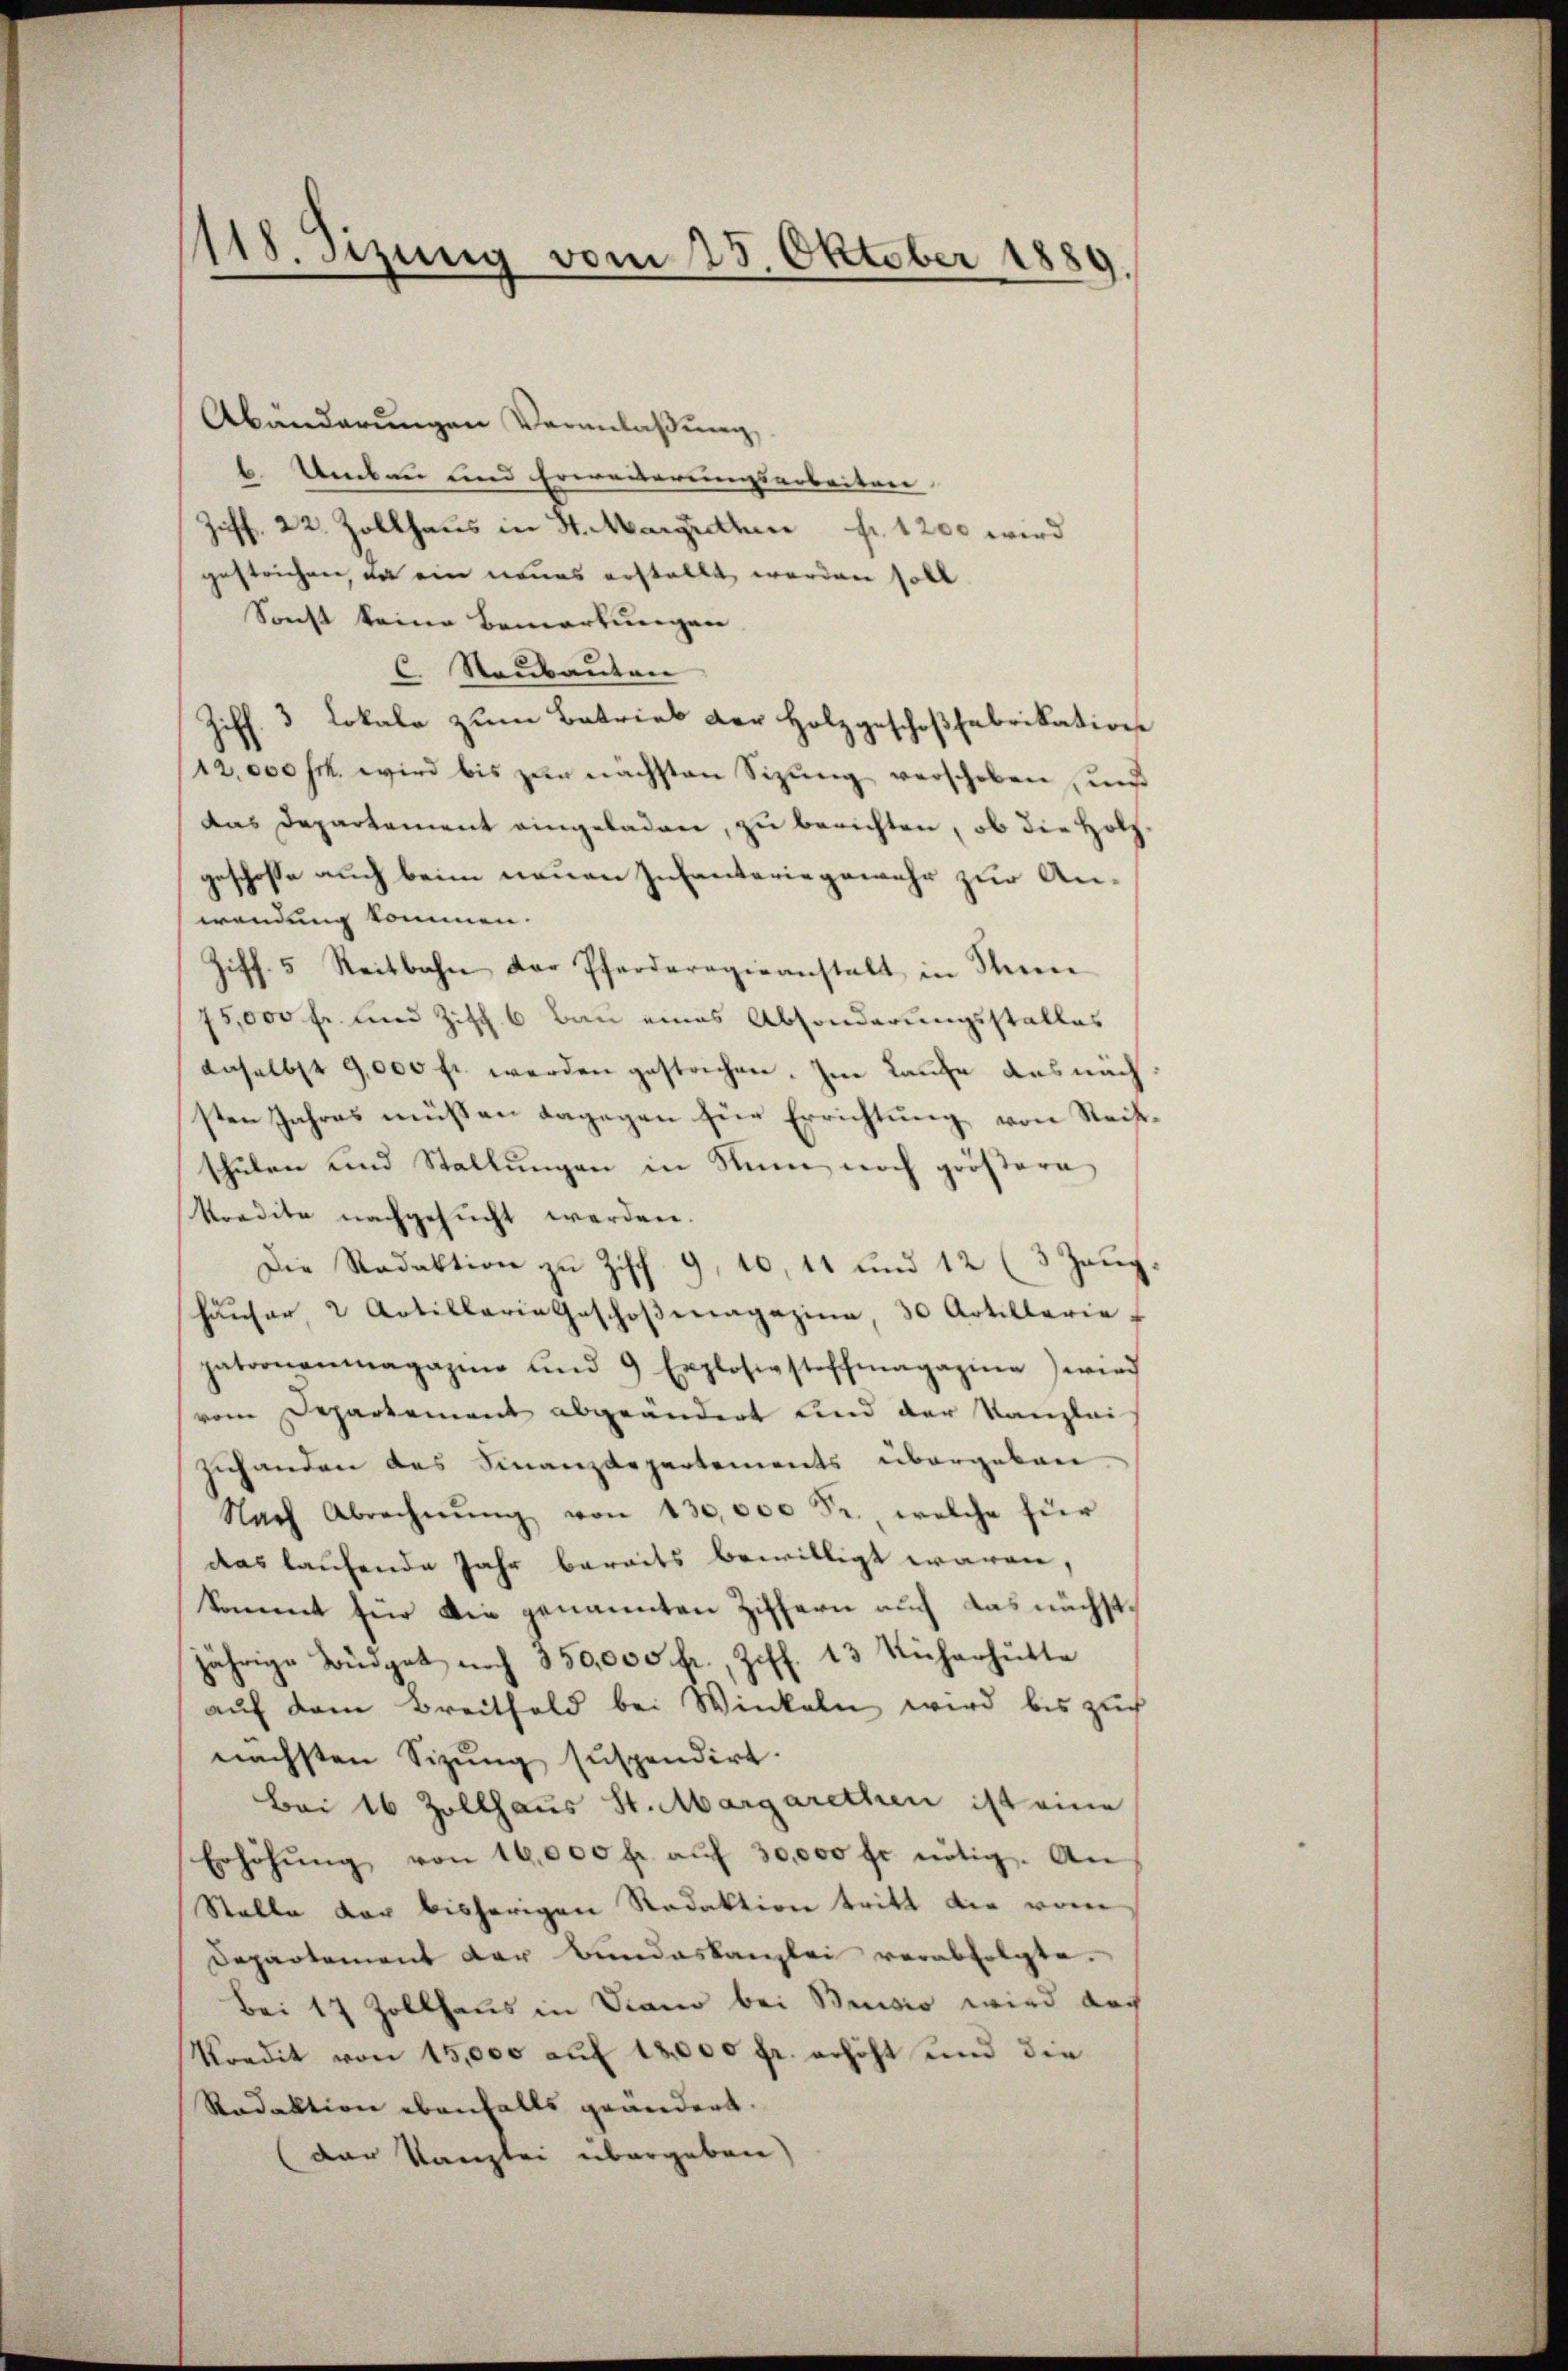
.
118. Setzung vom 25. Oktober 1889.

Abänderŭngen Veranlassŭng
b. Umbau und Erweiterungsarbeiten
Ziff. 22. Zollhaus in St. Margrethen Fr. 1200 wird
gestrichen, da ein neues erstellt werden soll.
Sonst keine Bemerkungen
C Raubauten
Ziff. 3 Lokale zum Betrieb der Holzgeschoßfabrikation
12,000 Frk. wird bis zur nächsten Sizung verschoben, und
Das Departement eingeladen, zu berichten, ob die Holzgeschose auch beim neuen Infanteriegewehr zur Anwendung kommen.
Ziff. 5 Reitbahn der Pferderogieanstalt in Manne
75,000 Fr. und Zisch 6 Bau eines Absonderungsstalles
daselbst 9,000 fl werden gestrechen. Im Laufe das nach
sten Jahres müßen dagegen für Errichtung von Reitschulen und Stellungen in Nun noch größere
kredite nachgesucht werden.
Die Redaktion zu Ziff. 9, 10, 14 und 12 (3 Zeug
häŭser, 2 Artillaria Geschoβenagazina, 30 Artillerie-
patronenmagazin und 9 Explosigstoffmagazine wird
vom Departement abgeändert und der Kanzlei
zuhanden des Finanzdepartements übergeben
Nach Abrechnŭng von 130,000 Fr. welche für
das laufende Jahr bereits bewilligt waren,
kommt für die genannten Ziffern auch das nächstjährige Büdget noch 350,000. fr., Ziff. 13 Kücherhütte
auf dem Breitfeld bei Winkeln wird bis zuch
nächsten Sizung suspendirt.
Bei 16 Zollhaus St. Margarethen ist eine
Erhöhŭng von 16,000 fr. aŭf 30,000 fl nötig. An
Stalle der bisherigen Redaktion tritt die von
Departement der Bundeskanzlei verabfolgte.
Bei 17 Zollhaus in Diano bei Buisso wird doch
Kondit von 15,000 auf 12,000 fr. erhöht und die
Redaktion ebenfalls geändert.
(der Kanzlei übergeben)